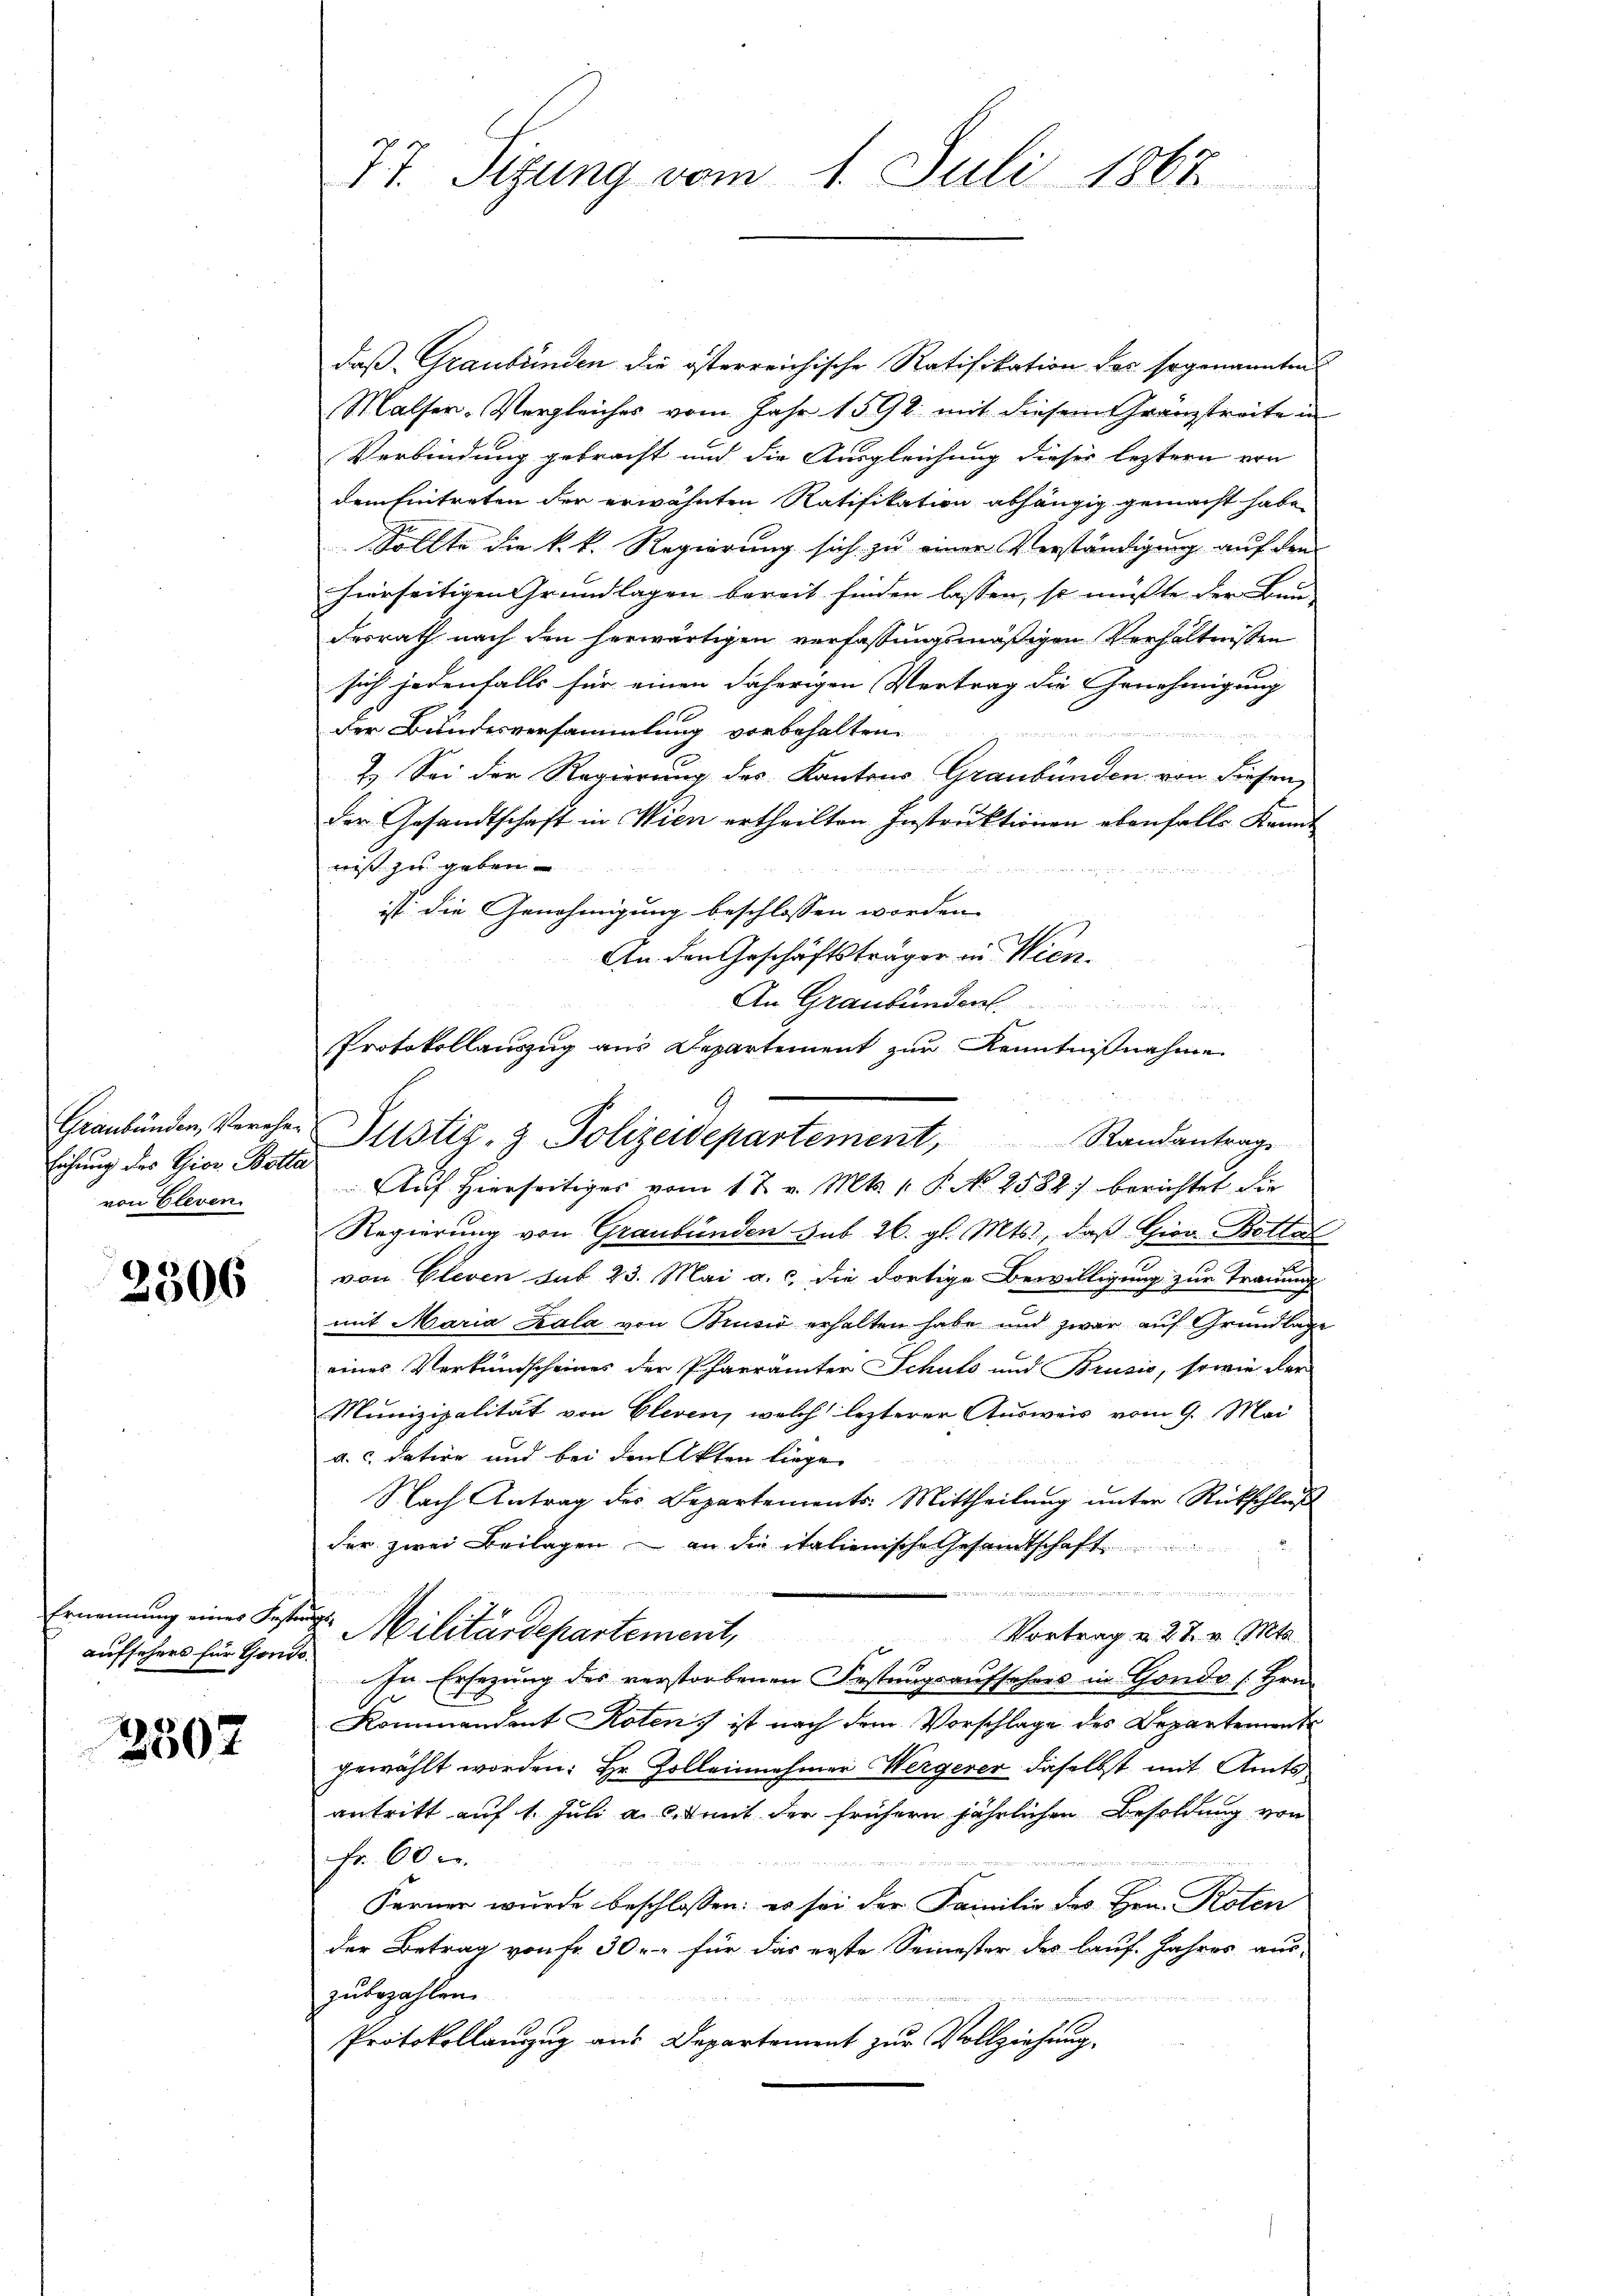
Graubünden, Verehen
lichung des Gior Botta
von Gleven

3506

Ernennung einer Feste
aufsehers für Gorde

3507

77. Sizung vom 1. Juli 1867

daß Graubünden die österreichische Ratifikation der sogenannten
Malser-Vergleiches vom Jahr 1592 mit diesem Granzstreite in
Verbindung gebracht und die Ausgleichung dieser leztern von
dem Eintreten der erwähnten Ratifikation abhängig gemacht habe,
Sollte die k. k. Regierung sich zu einer Verständigung auf den
hierseitigen Grundlagen bereit finden lassen, so müsste der Bun-
desrath nach den herwärtigen verfassungsmäßigen Verhältnissen
sich jedenfalls für einen daherigen Vertrag die Genehmigung
der Bundesversammlung vorbehalten.
2.) Sei der Regierung des Kantons Graubünden von diesen,
der Gesandtschaft in Wien ertheilten Instruktionen ebenfalls Kannt
niß zu geben
  gern an die die
ist die Genehmigung beschlossen worden.
An den Geschäftsträger in Wien.
An Graubünden
Auf hierseitigers vom 12. v. Mts. 1. P. No 2582) berichtet die
Regierung von Graubünden sub 26. gl. Mts., daß Gira Bottal
von Gleven sub 23. Mai a. c. die dortige Bewilligung zur Trauung
mit Maria Kala von Brusić erhalten habe und zwar auf Grundlage
eines Verkundscheines der Pfarrämter Schuls und Brusio, sowie der
Munizipalität von Cleven, welch lezterer Ausweis vom 9. Mai
a. c. datire und bei den Akten liege
Nach Antrag des Departements-Mittheilung unter Rückschluß
der zwei Beilagen – an die italienische Gesamtschaft
.
 Militärdepartement,
Vortrag v. 27. v. Mts.
In Ersezung des verstorbenen Festungsauffahres in Gondo [Hrn.
Kommandant Roten ist nach dem Vorschlage des Departements
gewählt worden: Hr. Zolleinehmer Wergerer, daselbst mit Amtsantritt auf 1. Juli a. mit der frühern jährlichen Besoldung von
Fr. 60 x
Ferner wurde beschlossen: es sei der Familie des Hrn. Roten
der Betrag von fr. 30. für das erste Semester des lauf. Jahres aus-
zubezahlen.
7
Protokollanzug aus Departement zur Vollziehung.

Protokollauszug aus Departement zur Kenntnißnahme
9
Justiz- & Polizeidepartement, Randantrage